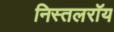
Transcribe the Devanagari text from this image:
निस्तलरॉय